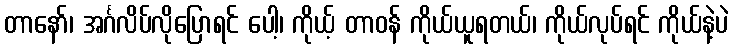
တာနော်၊ အင်္ဂလိပ်လိုပြောရင် ပေါ့၊ ကိုယ့် တာဝန် ကိုယ်ယူရတယ်၊ ကိုယ်လုပ်ရင် ကိုယ်နဲ့ပဲ